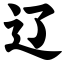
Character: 辽